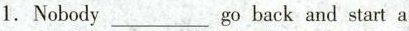
1.Nobody ___ go back and start a